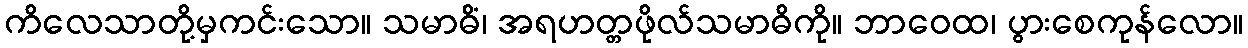
ကိလေသာတို့မှကင်းသော။ သမာဓိံ၊ အရဟတ္တဖိုလ်သမာဓိကို။ ဘာဝေထ၊ ပွားစေကုန်လော။